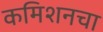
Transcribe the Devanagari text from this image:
कमिशनचा